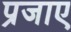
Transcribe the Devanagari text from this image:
प्रजाए